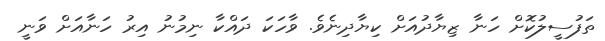
ތަފުސީލުކޮށް ހަނާ ޒިޔާދުއަށް ކިޔާދިނެވެ. ވާހަކަ ދައްކާ ނިމުނު އިރު ހަނާއަށް ވަނީ